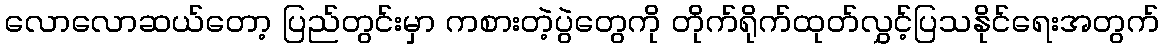
လောလောဆယ်တော့ ပြည်တွင်းမှာ ကစားတဲ့ပွဲတွေကို တိုက်ရိုက်ထုတ်လွှင့်ပြသနိုင်ရေးအတွက်